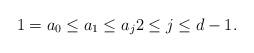
LaTeX: \begin{align*} 1 = a_0 \le a_1 \le a_j 2 \le j \le d-1.\end{align*}